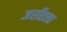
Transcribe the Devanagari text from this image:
जर्सीतला